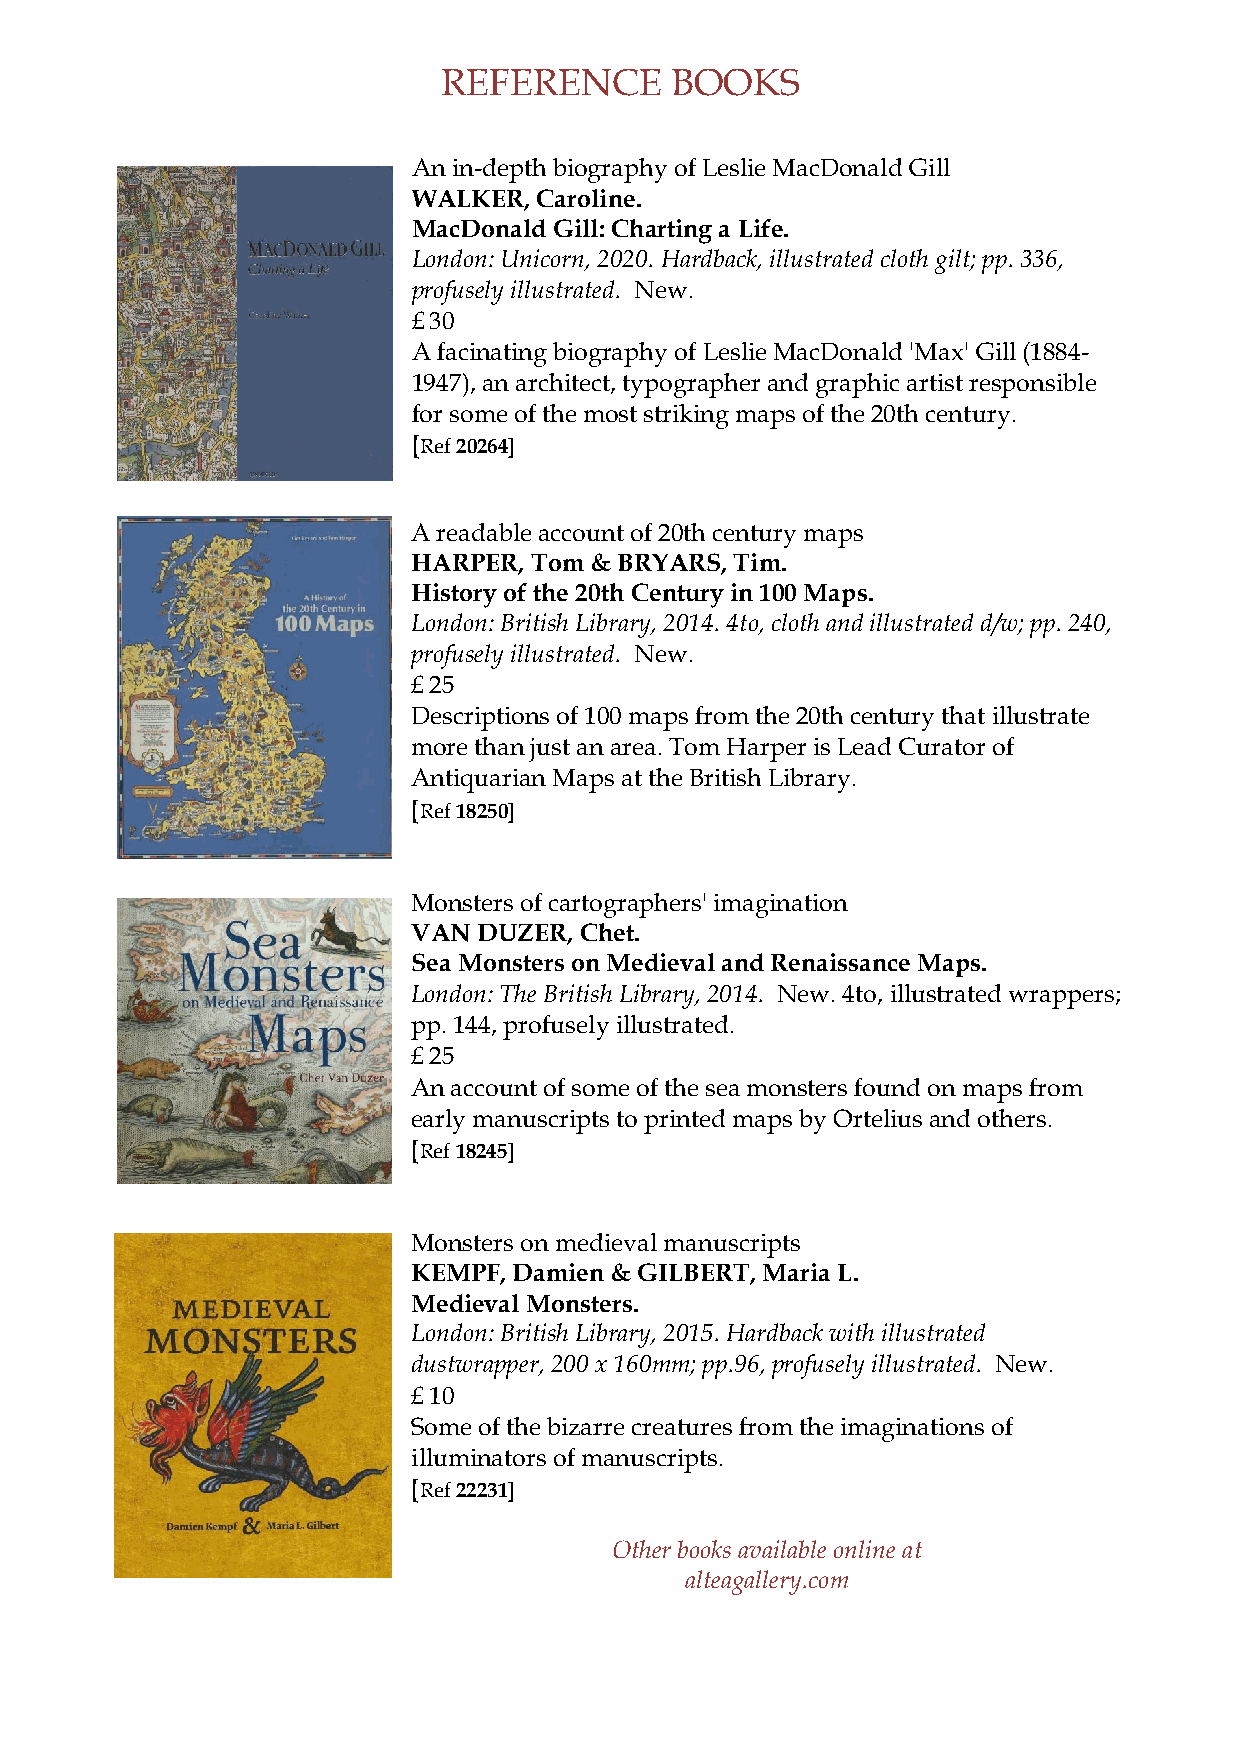
REFERENCE      BOOKS
 An in-depth biography of Leslie MacDonald Gill
 WALKER,  Caroline.
 MacDonald Gill: Charting a Life.
 London: Unicorn, 2020. Hardback, illustrated cloth gilt; pp. 336,
 profusely illustrated. New.
 £ 30
 A facinating biography of Leslie MacDonald 'Max' Gill (1884-
 1947), an architect, typographer and graphic artist responsible
 for some of the most striking maps of the 20th century.
 [Ref 20264]
 A readable account of 20th century maps
 HARPER, Tom & BRYARS, Tim.
 History of the 20th Century in 100 Maps.
 London: British Library, 2014. 4to, cloth and illustrated d/w; pp. 240,
 profusely illustrated. New.
 £ 25
 Descriptions of 100 maps from the 20th century that illustrate
 more than just an area. Tom Harper is Lead Curator of
 Antiquarian Maps at the British Library.
 [Ref 18250]
 Monsters of cartographers' imagination
 VAN  DUZER, Chet.
 Sea Monsters on Medieval and Renaissance Maps.
 London: The British Library, 2014. New. 4to, illustrated wrappers;
 pp. 144, profusely illustrated.
 £ 25
 An account of some of the sea monsters found on maps from
 early manuscripts to printed maps by Ortelius and others.
 [Ref 18245]
 Monsters on medieval manuscripts
 KEMPF, Damien & GILBERT, Maria L.
 Medieval Monsters.
 London: British Library, 2015. Hardback with illustrated
 dustwrapper, 200 x 160mm; pp.96, profusely illustrated. New.
 £ 10
 Some of the bizarre creatures from the imaginations of
 illuminators of manuscripts.
 [Ref 22231]
 Other books available online at
 alteagallery.com